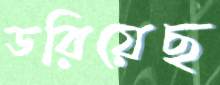
ডরিয়েছ